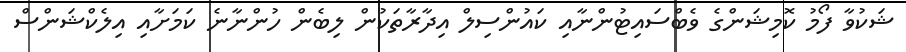
ޝަކުވާ ފޯމު ކޮމިޝަންގެ ވެބްސައިޓުންނާއި ކައުންސިލް އިދާރާތަކުން ލިބެން ހުންނާނެ ކަމަށާއި އިލެކްޝަންސް